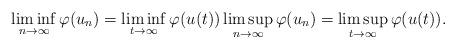
LaTeX: \begin{align*} \liminf_{n \rightarrow \infty} \varphi(u_n) = \liminf_{t\rightarrow \infty} \varphi(u(t)) \limsup_{n \rightarrow \infty} \varphi(u_n) = \limsup_{t\rightarrow \infty} \varphi(u(t)).\end{align*}